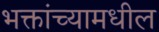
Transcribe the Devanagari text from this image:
भक्तांच्यामधील